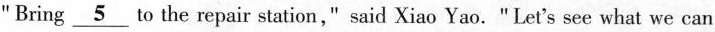
"Bring \underline{5}to the repair station," said Xiao Yao. "Let's see what we can